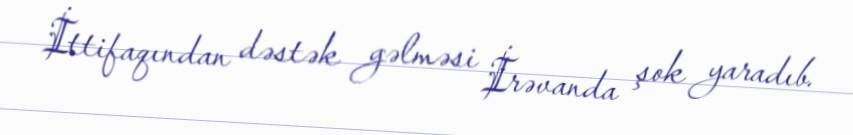
İttifaqından dəstək gəlməsi İrəvanda şok yaradıb.